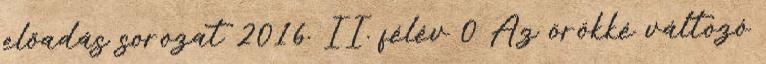
előadás sorozat 2016. II. félév 0 Az örökké változó